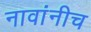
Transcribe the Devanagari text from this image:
नावांनीच